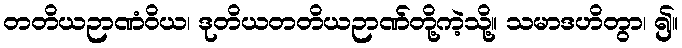
တတိယဉာဏံဝိယ၊ ဒုတိယတတိယဉာဏ်တို့ကဲ့သို့။ သမာဒဟိတွာ၊ ၍။